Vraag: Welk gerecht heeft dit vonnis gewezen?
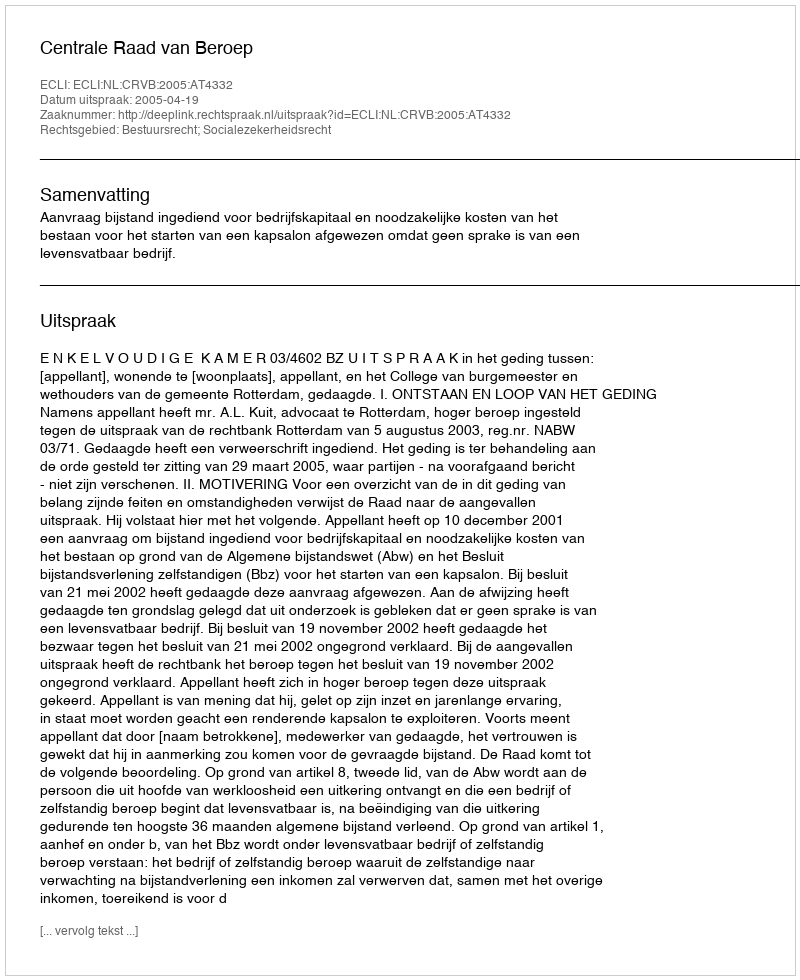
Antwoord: Centrale Raad van Beroep